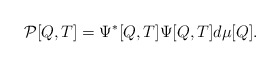
\begin{align*}{\cal P}[Q,T] = \Psi^*[Q,T] \Psi[Q,T] d\mu[Q].\end{align*}